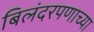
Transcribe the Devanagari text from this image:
बिलंदरपणाच्या